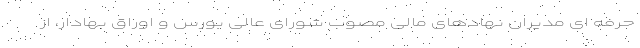
حرفه ای مدیران نهادهای مالی مصوب شورای عالی بورس و اوراق بهادار، از